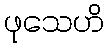
ဖုသေဟိ